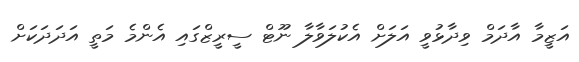
އަޒީމާ އާދަމް ވިދާޅުވީ އަލަށް އެކުލަވާލާ ނޫޓް ސީރީޒްގައި އެންމެ މަތީ އަދަދަކަށް